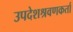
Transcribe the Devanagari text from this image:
उपदेशश्रवणकर्ता